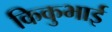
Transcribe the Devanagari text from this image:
किकुभाई